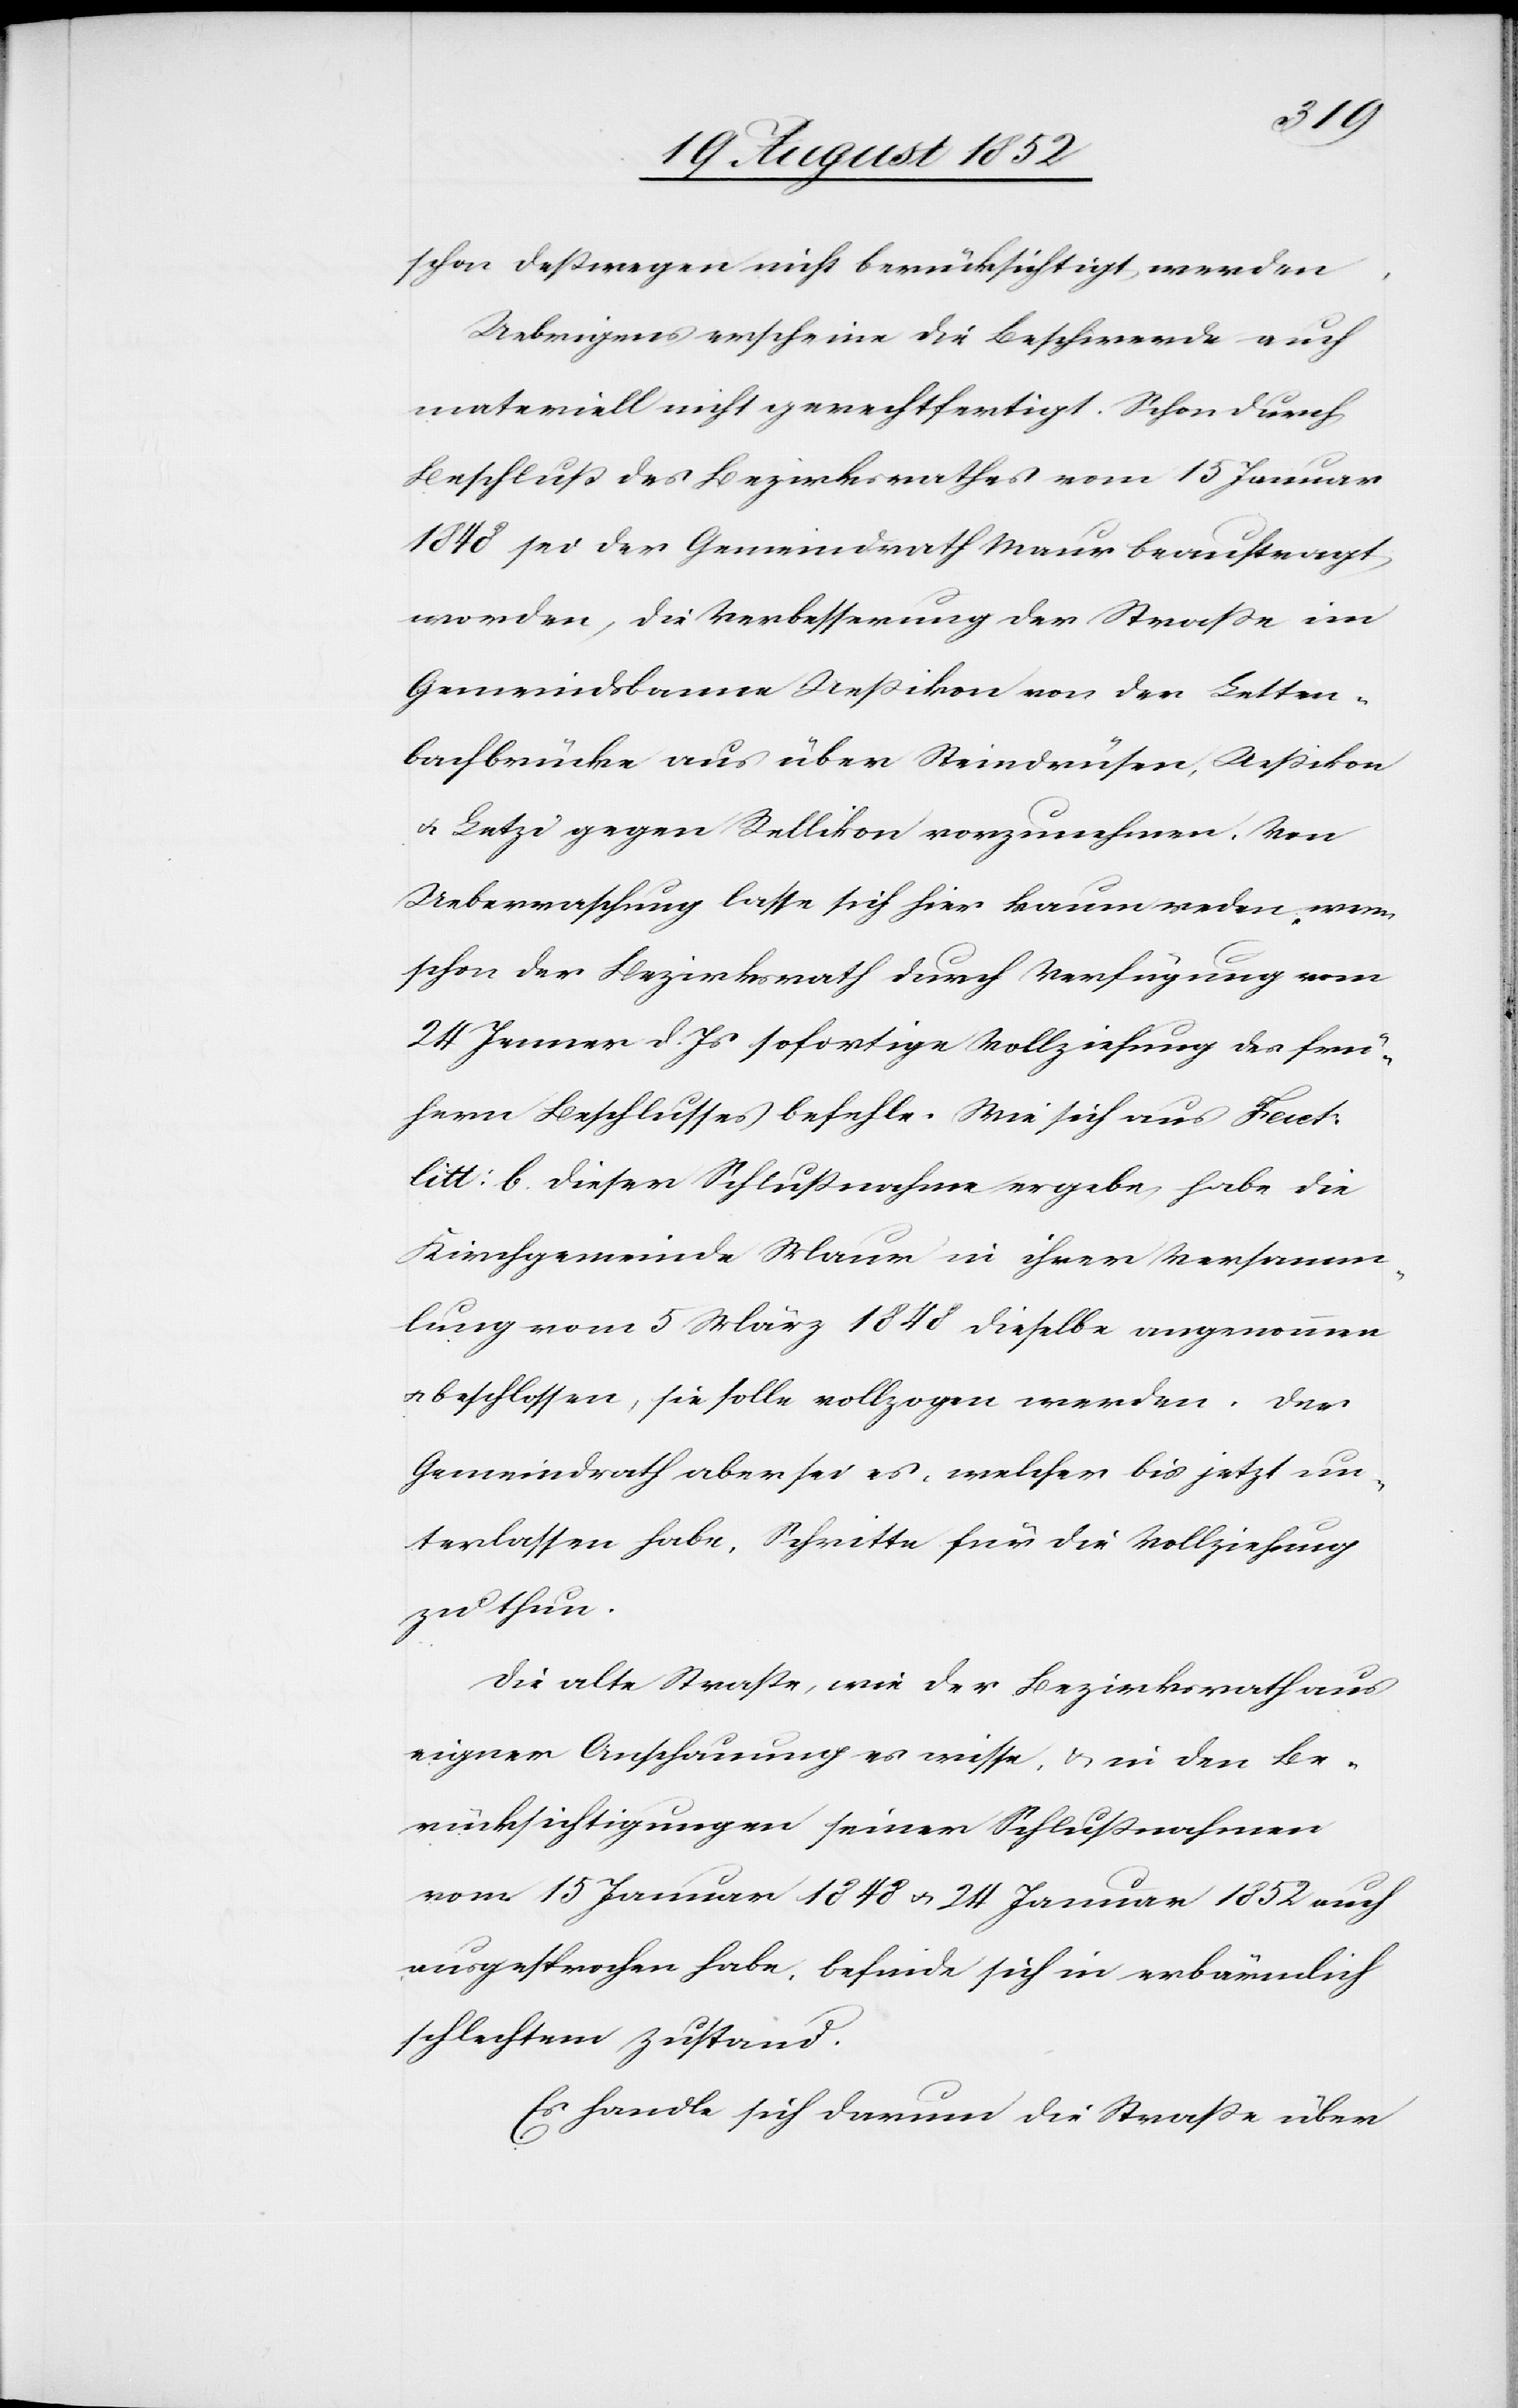
schon deßwegen nicht berücksichtigt werden.
Uebrigens erscheine die Beschwerde auch
materiell nicht gerechtfertigt. Schon durch
Beschluß des Bezirksrathes vom 15 Januar
1848 sei der Gemeindrath Maur beauftragt
worden, die Verbesserung der Straße im
Gemeindsbanne Ueßikon von der Letten¬
bachbrücke aus über Steindrüsen, Ueßikon
& Letzi gegen Rellikon vorzunehmen. Von
Ueberraschung lasse sich hier kaum reden, wenn
schon der Bezirksrath durch Verfügung vom
24 Jenner d. Js sofortige Vollziehung des frü¬
hern Beschlusses befehle. Wie sich aus Fact:
litt: b. dieser Schlußnahme ergebe habe die
Kirchgemeinde Maur in ihrer Versamm¬
lung vom 5 März 1848 dieselbe angenommen
beschlossen, sie solle vollzogen werden. Der
Gemeindrath aber sei es, welcher bis jetzt un¬
terlassen habe, Schritte für die Vollziehung
zu thun.
Die alte Straße, wie der Bezirksrath aus
eigner Anschauung es wisse, & in den Be¬
rücksichtigungen seiner Schlußnahmen
vom 15 Januar 1848 & 24 Januar 1852 auch
ausgesprochen habe, befinde sich in erbärmlich
schlechtem Zustand.
Es handle sich darum die Straße über